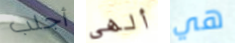
أجلب ألهى هي